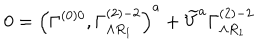
LaTeX: 0 = \left( \Gamma _ { } ^ { \left( 0 \right) 0 } , \Gamma _ { \Lambda R _ { 1 } } ^ { \left( 2 \right) - 2 } \right) ^ { a } + \widetilde { V } ^ { a } \Gamma _ { \Lambda R _ { 1 } } ^ { \left( 2 \right) - 2 }